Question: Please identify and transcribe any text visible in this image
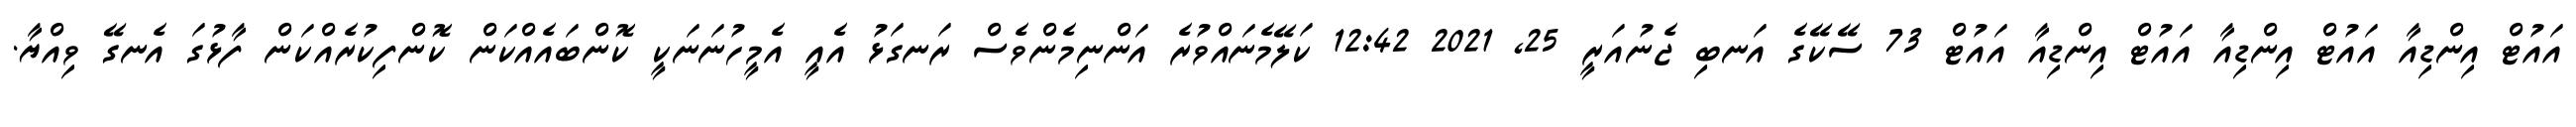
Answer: އައުޓް އިންޑިއާ އައުޓް އިންޑިއާ އައުޓް އިންޑިއާ އައުޓް 73 ސޭކޭގެ އަނބި ޖެނުއަރީ 25, 2021 12:42 ކަލޭމެނައްވުރެ އަންނިމެންވެސް ރަނގަޅު އެއީ އެމީހުނަނަކީ ކޮންބައެއްކަން ކޮންފިކުރެއްކަން ފާޅުގަ އެނގޭ ވިއްޔާ.